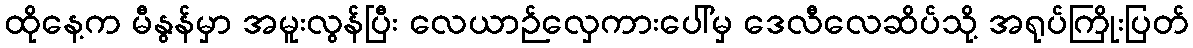
ထိုနေ့က မီနွန်မှာ အမူးလွန်ပြီး လေယာဉ်လှေကားပေါ်မှ ဒေလီလေဆိပ်သို့ အရုပ်ကြိုးပြတ်